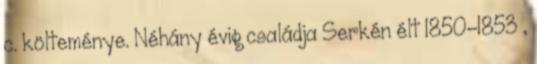
c. költeménye. Néhány évig családja Serkén élt 1850–1853 ,